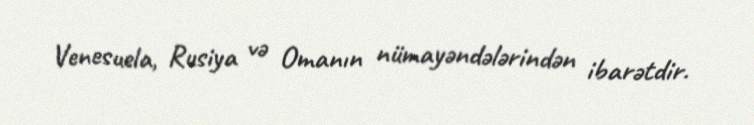
Venesuela, Rusiya və Omanın nümayəndələrindən ibarətdir.